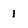
Character: 1